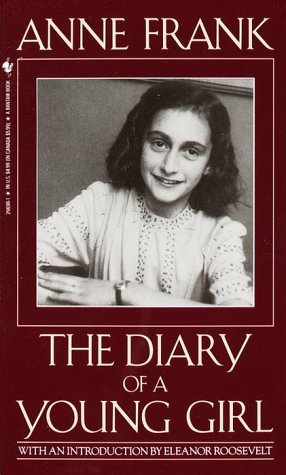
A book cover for Anne Frank: The Diary of a Young Girl; Anne Frank; Biographies & Memoirs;